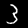
Label: 3